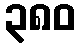
၃၈၀